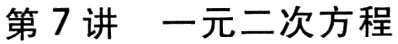
第7讲 一元二次方程